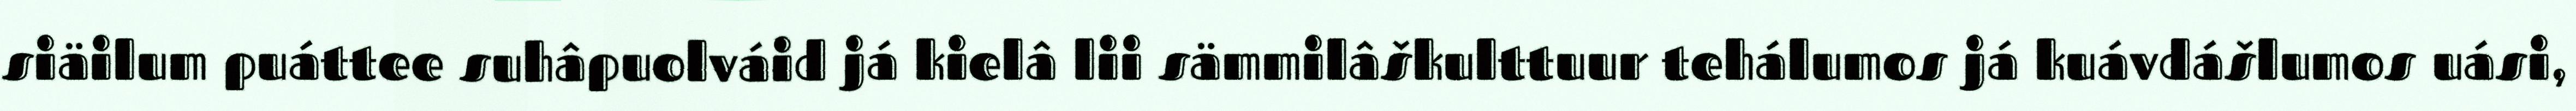
siäilum puáttee suhâpuolváid já kielâ lii sämmilâškulttuur tehálumos já kuávdášlumos uási,